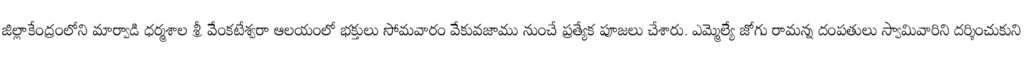
జిల్లాకేంద్రంలోని మార్వాడి ధర్మశాల శ్రీ వేంకటేశ్వరా ఆలయంలో భక్తులు సోమవారం వేకువజాము నుంచే ప్రత్యేక పూజలు చేశారు. ఎమ్మెల్యే జోగు రామన్న దంపతులు స్వామివారిని దర్శించుకుని